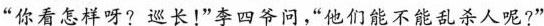
“你看怎样呀?巡长！”李四爷问，“他们能不能乱杀人呢?”